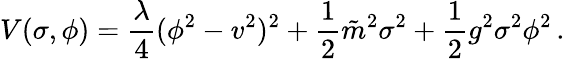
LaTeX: V(\sigma,\phi)={\frac{\lambda}{4}}(\phi^{2}-v^{2})^{2}+{\frac{1}{2}}\tilde{m}^{2}\sigma^{2}+{\frac{1}{2}}g^{2}\sigma^{2}\phi^{2}\, .